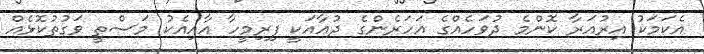
އެކަމަކު އިރުއަރާ ކޮންމެ ދުވަހެއްގެ އަހަރެންގެ ދުޢާއަކީ ފިރިމީހާ އާއިއެކު މަސްތީ ވަގުތުކޮޅެއް